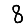
Digit: 8